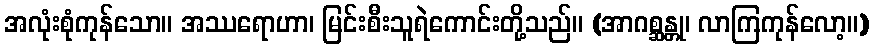
အလုံးစုံကုန်သော။ အဿရောဟာ၊ မြင်းစီးသူရဲကောင်းတို့သည်။ (အာဂစ္ဆန္တု၊ လာကြကုန်လော့။)